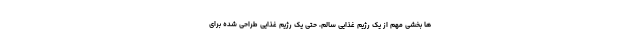
ها بخشی مهم از یک رژیم غذایی سالم، حتی یک رژیم غذایی طراحی شده برای